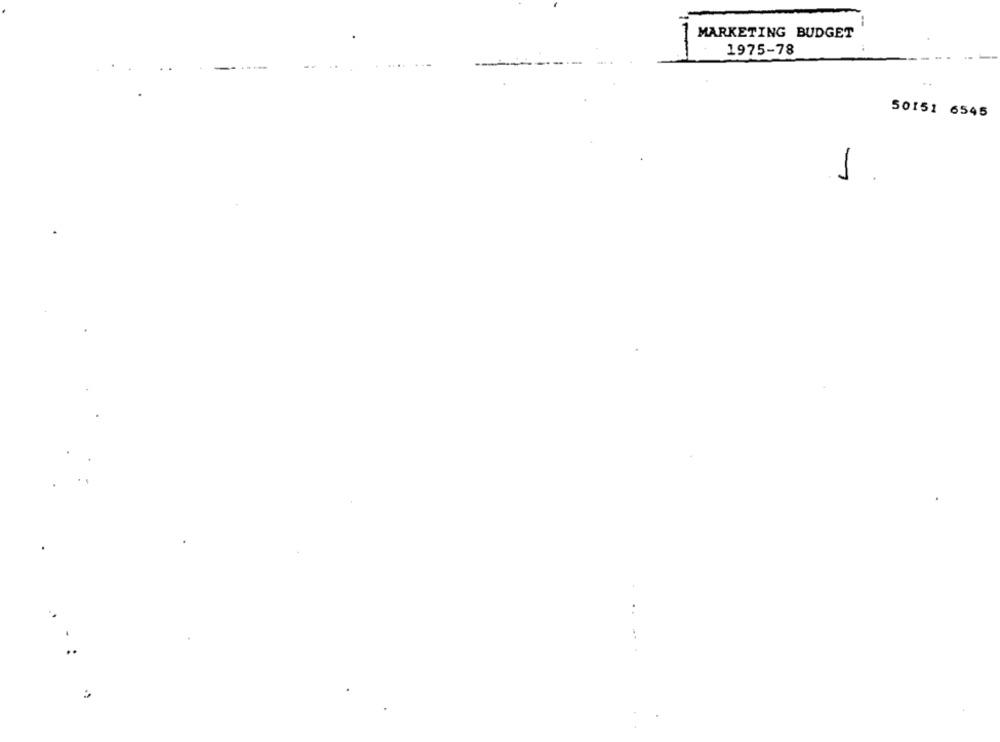
MARKETING BUDGET
1975-78
50151 6545
1
..